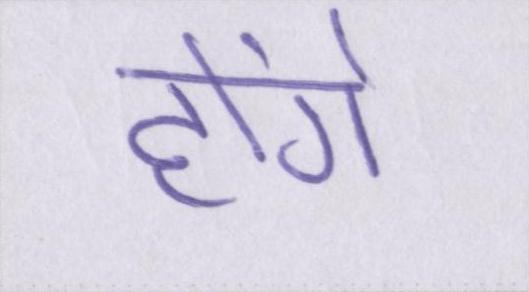
होंगे